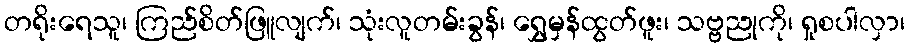
တရိုးရေသူ၊ ကြည်စိတ်ဖြူလျက်၊ သုံးလူတမ်းခွန်၊ ရွှေမှန်ထွတ်ဖူး၊ သဗ္ဗညုကို၊ ရှုစပါလှာ၊